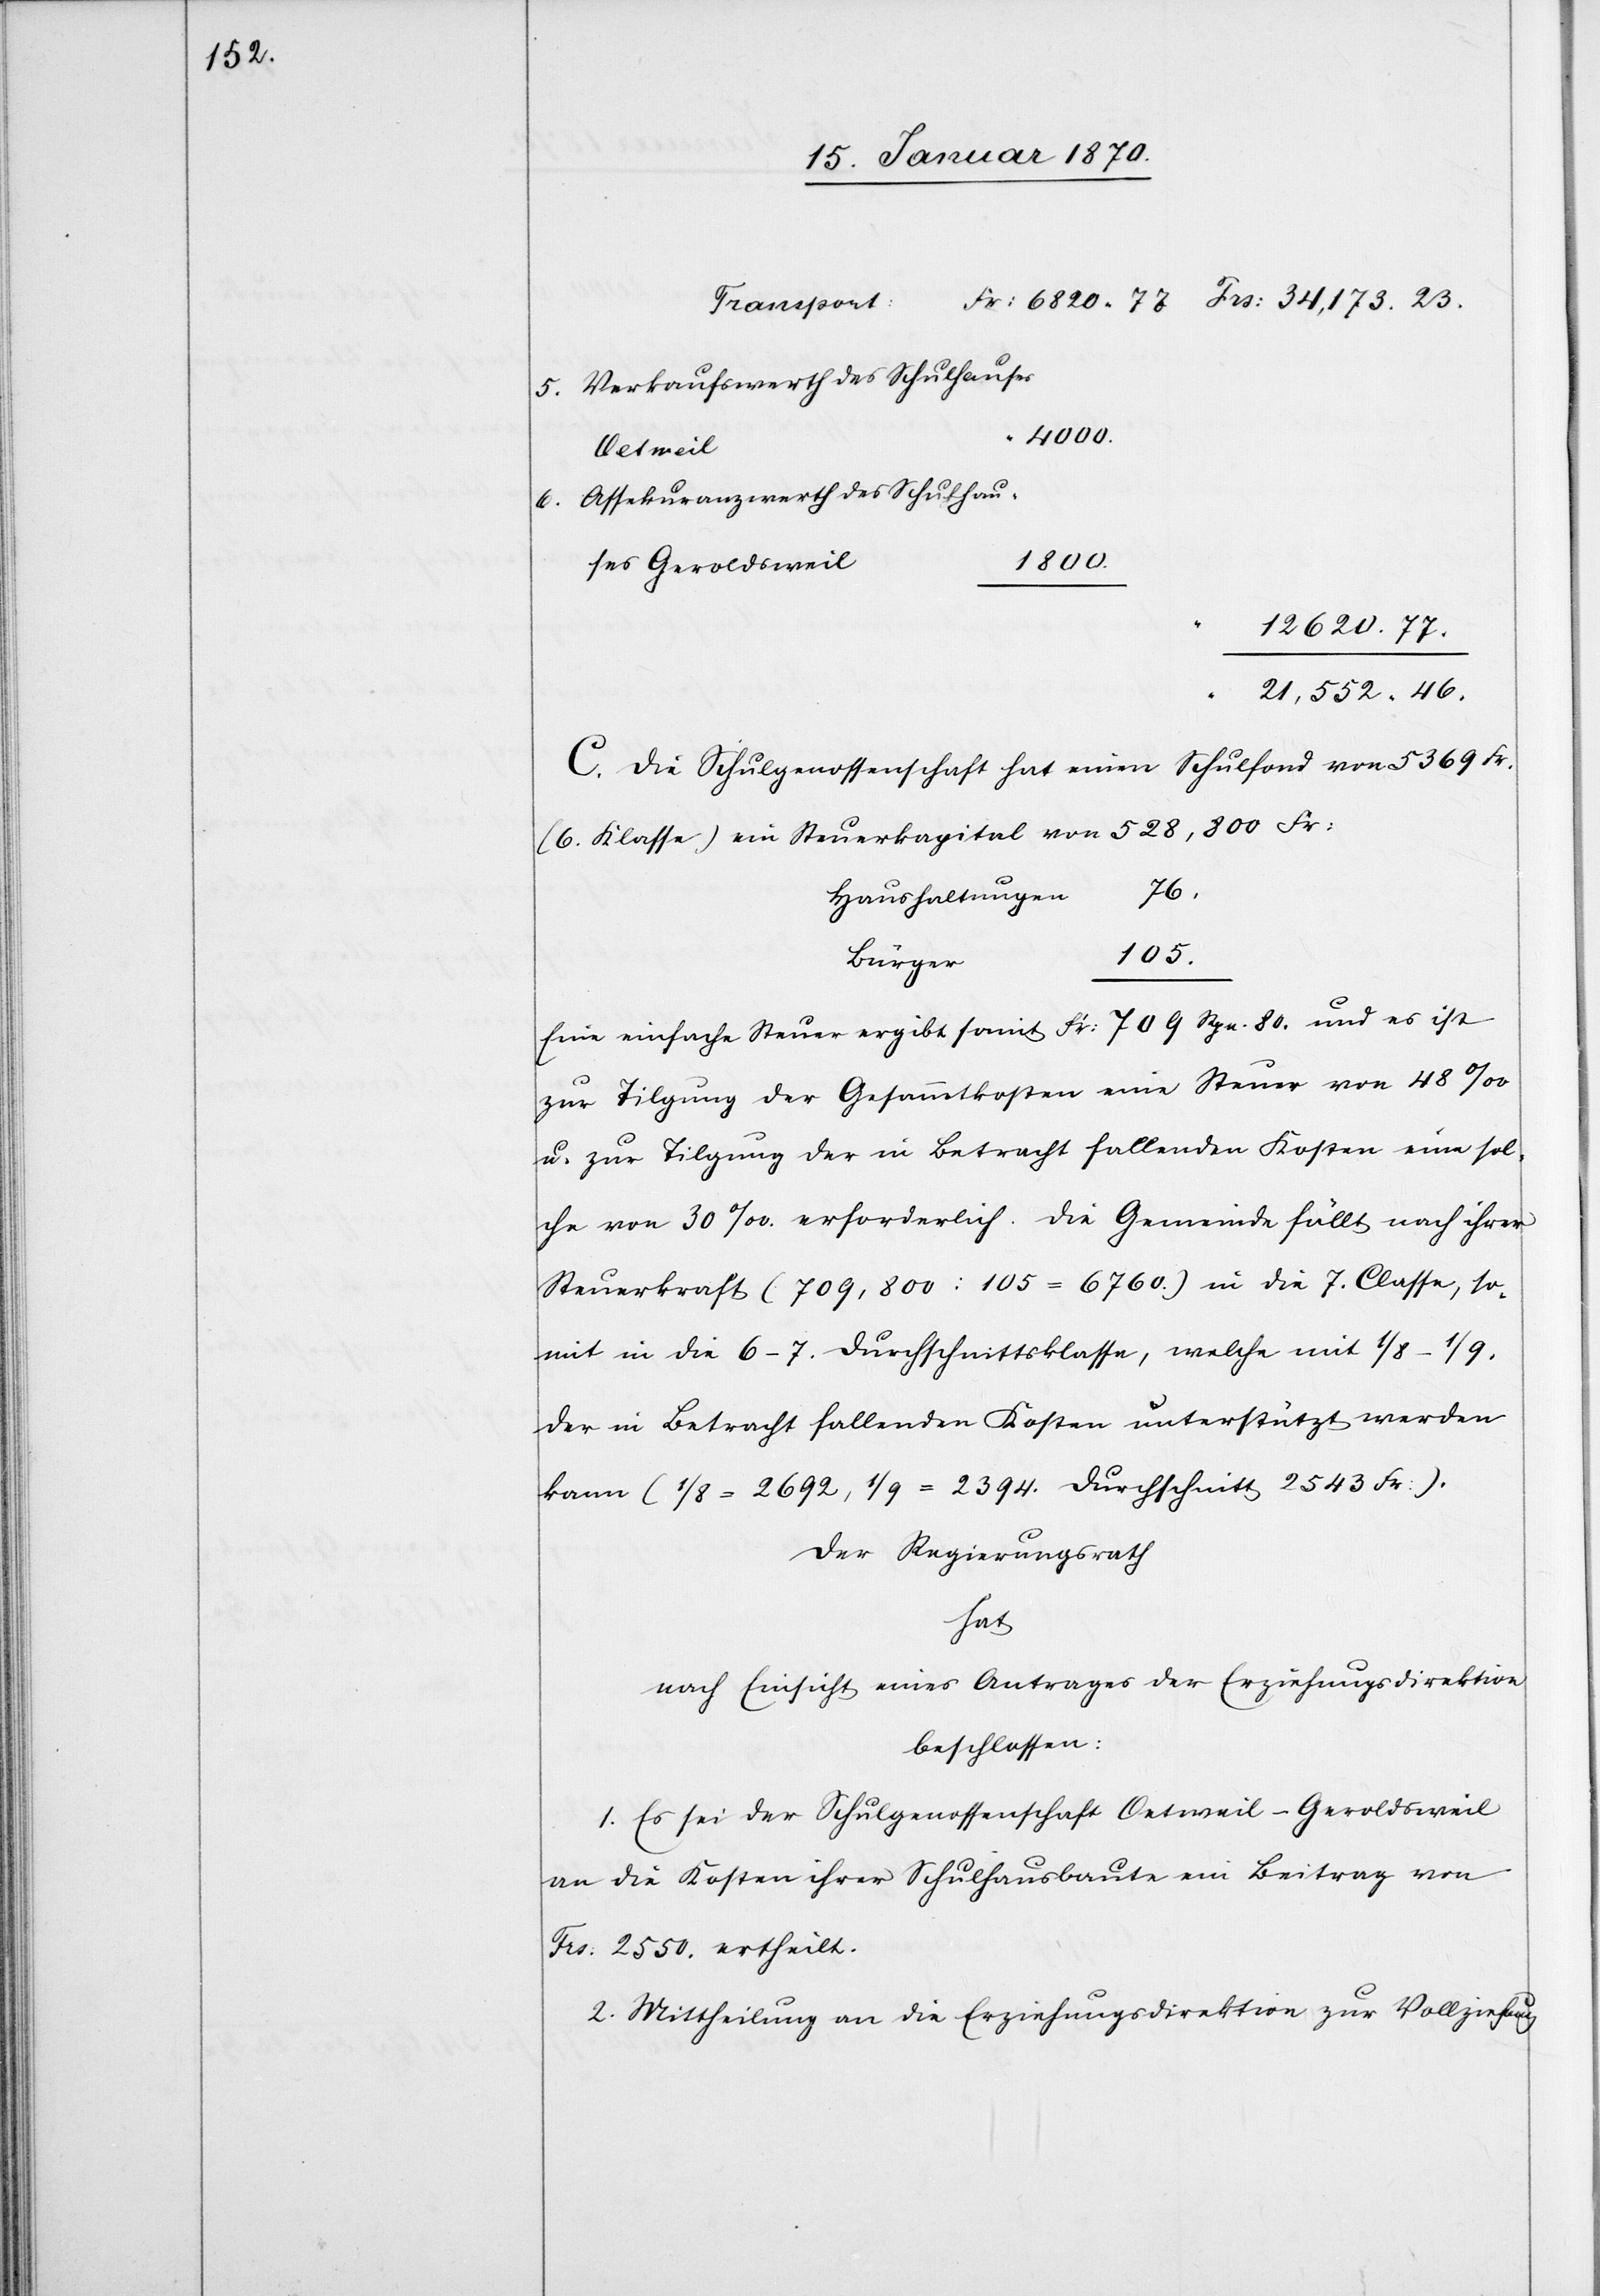
5. Verkaufswerth des Schulhauses
4000.
Oetweil
Assekuranzwerth des Schulhau¬
6.
1800.
ses Geroldsweil
12,620.77.
21,552.46.
C. Die Schulgenossenschaft hat einen Schulfond von 5369 Fr.
(6. Klasse) ein Steuerkapital von 528,800 Fr:
76.
Haushaltungen
Eine einfache Steuer ergibt somit Fr: 709 Rpn. 80. und es ist
zur Tilgung der Gesammtkosten eine Steuer von 48‰
u. zur Tilgung der in Betracht fallenden Kosten eine sol¬
che von 30‰. erforderlich. Die Gemeinde fällt nach ihrer
Steuerkraft (709,800 : 105 = 6760.) in die 7. Classe, so¬
mit in die 6–7. Durchschnittsklasse, welche mit 1/8–1/9.
der in Betracht fallenden Kosten unterstützt werden
kann (1/8 = 2692, 1/9 = 2394. Durchschnitt 2543 Fr:).
Der Regierungsrath
hat
nach Einsicht eines Antrages der Erziehungsdirektion
beschlossen:
1. Es sei der Schulgenossenschaft Oetweil–Geroldsweil
an die Kosten ihrer Schulhausbaute ein Beitrag von
Frs: 2550. ertheilt.
2. Mittheilung an die Erziehungsdirektion zur Vollziehung